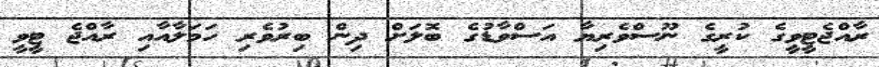
ރާއްޖެޓީވީގެ ކުރީގެ ނޫސްވެރިޔާ އަސްވާޑުގެ ބޮލަށް ދިން ބިރުވެރި ހަމަލާއާއި ރާއްޖެ ޓީވީ